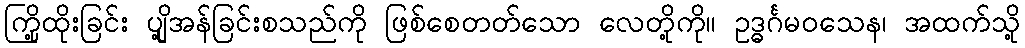
ကြို့ထိုးခြင်း ပျို့အန်ခြင်းစသည်ကို ဖြစ်စေတတ်သော လေတို့ကို။ ဥဒ္ဓင်္ဂမဝသေန၊ အထက်သို့